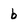
Character: b